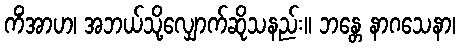
ကိံအာဟ၊ အဘယ်သို့လျှောက်ဆိုသနည်း။ ဘန္တေ နာဂသေနာ၊